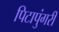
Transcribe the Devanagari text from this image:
पिटापुंगरी